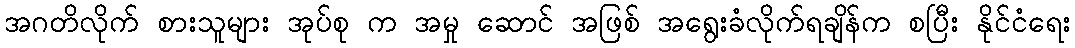
အဂတိလိုက် စားသူများ အုပ်စု က အမှု ဆောင် အဖြစ် အရွေးခံလိုက်ရချိန်က စပြီး နိုင်ငံရေး